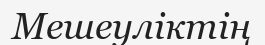
Мешеуліктің